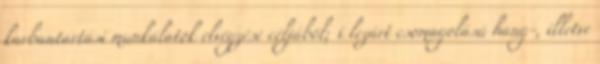
karbantartási munkálatok elvégzése céljából; i lezárt csomagolású hang-, illetve